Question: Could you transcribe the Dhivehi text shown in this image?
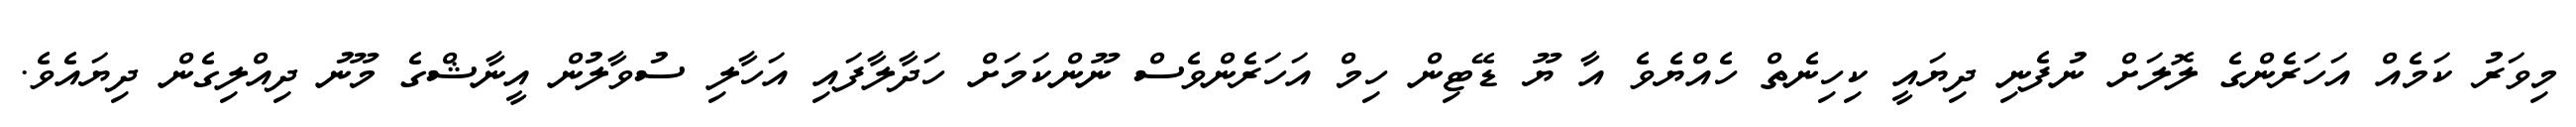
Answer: މިވަރު ކަމެއް އަހަރެންގެ ލޮލަށް ނުފެނި ދިޔައީ ކިހިނެތް ހެއްޔެވެ އާ ޔޫ ޑޭޓިން ހިމް އަހަރެންވެސް ނޫންކަމަށް ހަދާލާފައި އަހާލި ސުވާލުން އީނާޝްގެ މޫނު ދިއްލިގެން ދިޔައެވެ.